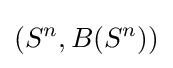
(S^{n},B(S^{n}))